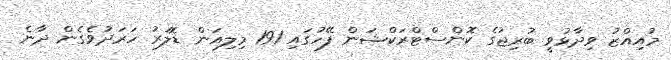
މުއިއްޒު ވިދާޅުވީ ބުރިޖުގެ ކޮންސްޓްރަކްޝަން ފޭހުގައި 191 މިލިއަން ޑޮލަރު ހަރަދުވެގެން ދާނެ